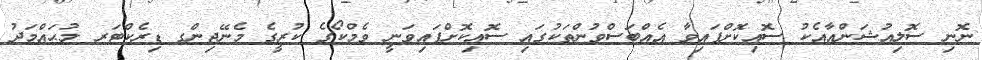
ނޮނި ސޮލިއުޝަންއާއެކު ސޮއިކޮށްފައިވާ އެއްބަސްވުންތަކުގައި ސޮއިކޮށްފައިވަނީ ވެމްކޯގެ ކުރީގެ މެނޭޖިންގ ޑިރެކްޓަރ މުޙައްމަދު